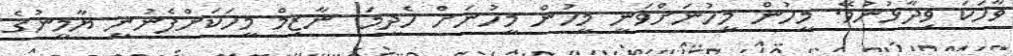
ވާހަކަ ވިދާޅުނުވޭ. މީހުން މީހުނަށްވަނީ މީހުން މީހުނަށް ހެދީމަ. ނާޒިމް މީހަކަށްފެނުނީ ޔާމީނުގެ